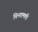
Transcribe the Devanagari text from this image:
चिन्तामणी